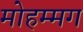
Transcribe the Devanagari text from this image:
मोहम्मग